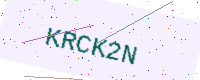
Text: KRCK2N